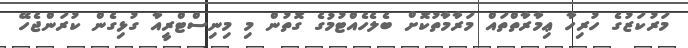
މަރުކަޒުގެ ހުރިހާ ޢިމާރާތްތައް މަރާމާތުކޮށް ބެލެހެއްޓުމުގެ ގޮތުން މި މިނިސްޓްރީއާ ގުޅިގެން ކުރަންޖެހޭ